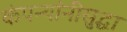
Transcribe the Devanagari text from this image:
कंपन्यांनीसुद्धा